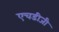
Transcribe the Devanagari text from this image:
एचडीजी